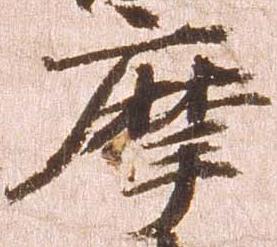
摩